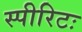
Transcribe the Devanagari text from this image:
स्पीरिटः